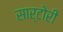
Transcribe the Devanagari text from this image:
सार्टोरी